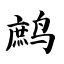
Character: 鹧